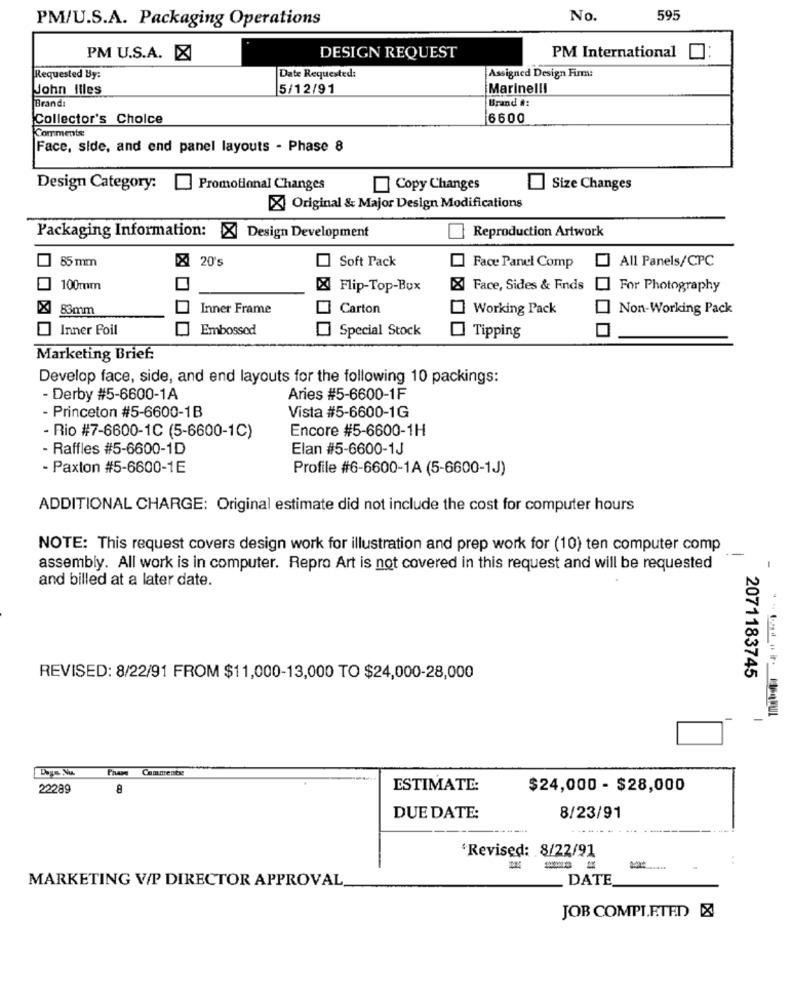
PM/U.S.A. Packaging Operations
No.
595
PM U.S.A. X
DESIGN REQUEST
PM International
Requested By:
Date Requested:
Assigned Design Firm:
John Illes
5/12/91
Marinelli
Brand:
Brand #:
Collector's Choice
6600
Comments
Face, side, and end panel layouts - Phase 8
Design Category:
Promotional Changes
Copy Changes
Size Changes
X Original & Major Design Modifications
Packaging Information: X Design Development
Reproduction Artwork
85 mm
X 20's
Soft Pack
All Panels/CPC
Face Panel Comp
100mm
X Flip-Top-Box
X Face, Sides & Finds
For Photography
X 83mm
Inner Frame
Carton
Working Pack
Non-Working Pack
Inner Foil
Embossed
Special Stock
Tipping
Marketing Brief:
Develop face, side, and end layouts for the following 10 packings:
- Derby #5-6600-1A
Aries #5-6600-1F
- Princeton #5-6600-1B
Vista #5-6600-1G
Encore #5-6600-1H
- Rio #7-6600-1C (5-6600-1C)
- Raffles #5-6600-1D
Elan #5-6600-1J
- Paxton #5-6600-1E
Profile #6-6600-1A (5-6600-1J)
ADDITIONAL CHARGE: Original estimate did not include the cost for computer hours
NOTE: This request covers design work for illustration and prep work for (10) ten computer comp
assembly. All work is in computer. Repro Art is not covered in this request and will be requested
and billed at a later date.
REVISED: 8/22/91 FROM $11,000-13,000 TO $24,000-28,000
2071183745
Comments:
22289
ESTIMATE:
$24,000 - $28,000
DUE DATE:
8/23/91
'Revised: 8/22/91
:
MARKETING V/P DIRECTOR APPROVAL
DATE
JOB COMPLETED &